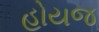
હોયજ